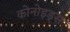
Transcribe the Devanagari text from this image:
कोनोइड्स